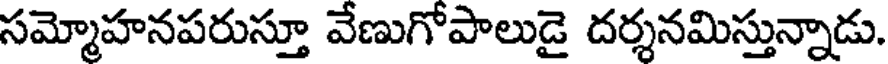
సమ్మోహనపరుస్తూ వేణుగోపాలుడై దర్శనమిస్తున్నాడు.